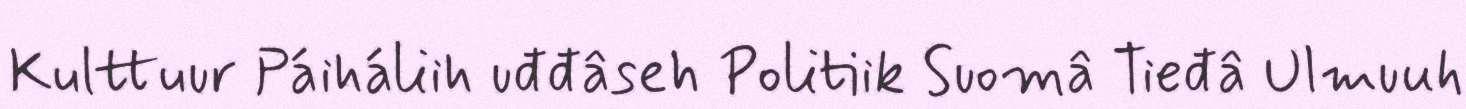
Kulttuur Páiháliih uđđâseh Politiik Suomâ Tieđâ Ulmuuh